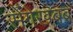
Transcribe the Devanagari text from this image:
सेंगेखबब